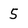
Character: 5